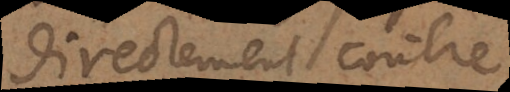
directement contre